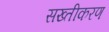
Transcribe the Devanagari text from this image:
सख्तीकरण